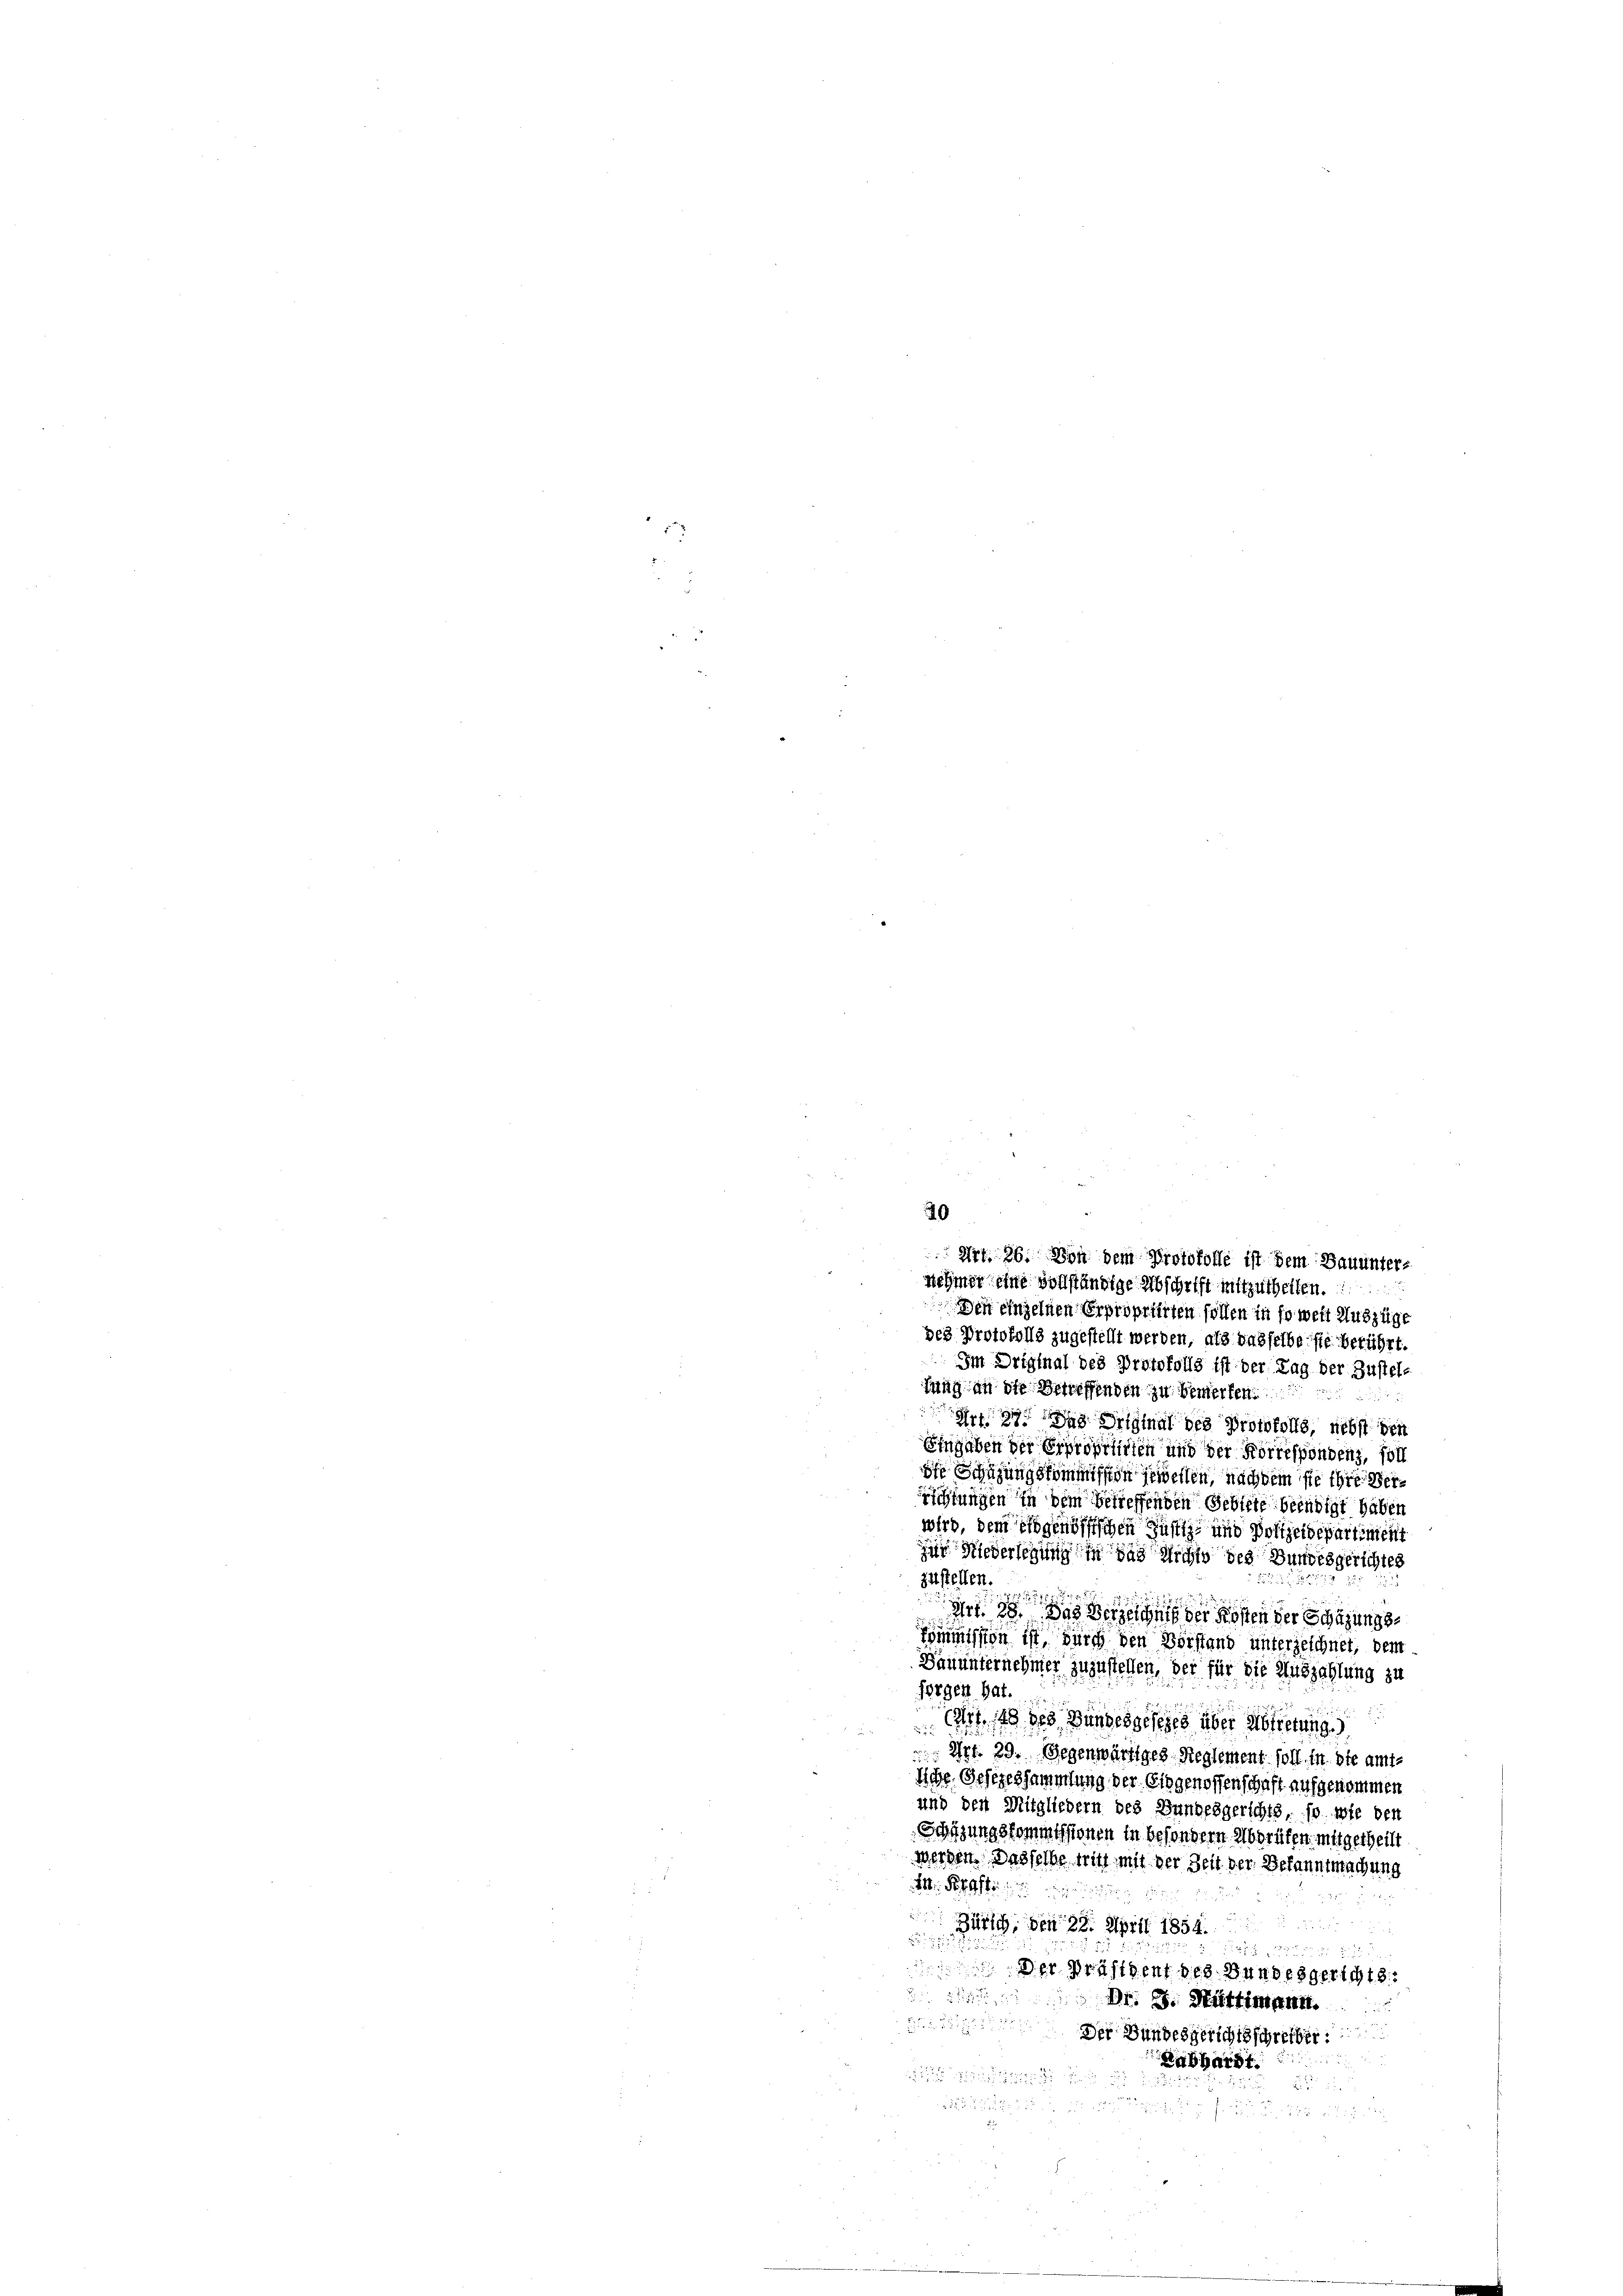
bes Protokolls zugestellt werden, als wasselbe sie berührt.
Im Original des Protokolls ist der Tag der Zustel-
sung an ihr betreffenden zu Verwerfen.
Art. Das Signal des Protokolls, nebst den
Eingaben der Erprofitirten und der Korrespondenz, soll
of Schazungskommission jewellen, nach dem sie ihre Verfungen in dem betreffenden Gebiete beendigt haben
wird, dem Eidgenössischen Gustiz- und Polizeidepartiment
zu Niederlegung in das nicht des Bundesgerichtes
zustellen.
25 x

Art. 28. Das Verzeichnis der Kosten der Schazungs¬
Kommission ist durch den Vorstand unterzeichnet, dem
Bauunternehmer zuzustellen, der für die Auszahlung zu
forgen hat.
u
cs 48 des Bundesgesezes über Abtretung.)
 Art. 29. Gegenwärtiges Reglement soll in sie amt¬
Iche Gesezessammlung der Eidgenossenschaft aufgenommen
und den Mitgliedern des Bundesgerichts, so wie den
Schüzungskommissionen in besondern Aberufen mitgetheilt
werden. Dasselbe wir mit der Zeit der Bekanntmachung
1 Pkt.
Zürich, den 28. April 1854.
57
Der Präsident des Bundesgerichts.

Dr. J. Hüttimann.

Der Bundesgerichtsschreiber:

Labhardt.
.

40
Art. 26. Von dem Protokolle ist dem Bauunter-
nehmer eine vollständige Abschrift mitzutheilen.
Den einzelnen Erpropriirten sollen in so weit Auszüge